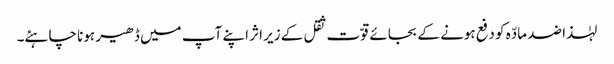
لہٰذا ضد مادّہ کو دفع ہونے کے بجائے قوّت ثقل کے زیر اثر اپنے آپ میں ڈھیر ہونا چاہئے۔